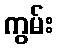
ကွမ်း